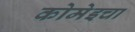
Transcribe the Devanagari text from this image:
कोमेइचा